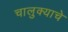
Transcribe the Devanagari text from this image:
चालुक्याचे